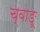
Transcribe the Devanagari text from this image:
च्वाङू